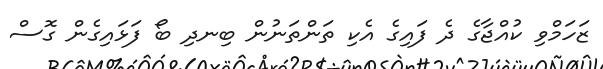
ޒަހަމްވި ކުއްޖާގެ ދެ ފައިގެ އެކި ތަންތަނުން ބިނދި ބޯ ފަޅައިގެން ގޮސް